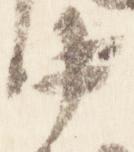
中